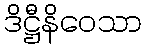
ဒိဋ္ဌီနိဝေသာ